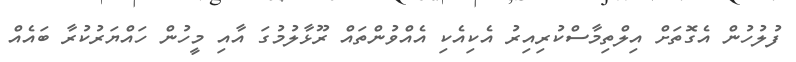
ފުލުހުން އެގޮތަށް އިލްތިމާސްކުރިއިރު އެކިއެކި އެއްވުންތައް ރޫޅާލުމުގަ އާއި މީހުން ހައްޔަރުކުރާ ބައެއް